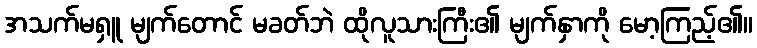
အသက်မရှူ မျက်တောင် မခတ်ဘဲ ထိုလူသားကြီး၏ မျက်နှာကို မော့ကြည့်၏။